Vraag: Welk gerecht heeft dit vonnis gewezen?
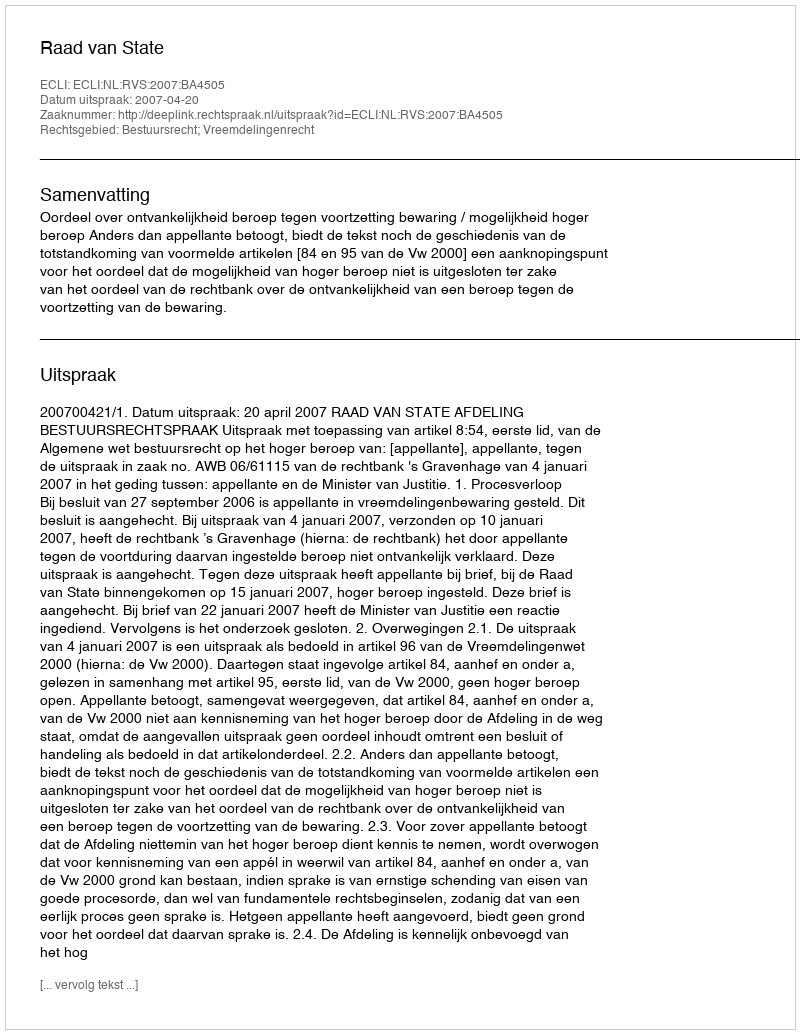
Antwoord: Raad van State